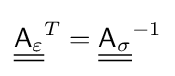
{\underline {\underline {{\mathsf {A}}_{\varepsilon }}}}^{T}={\underline {\underline {{\mathsf {A}}_{\sigma }}}}^{-1}